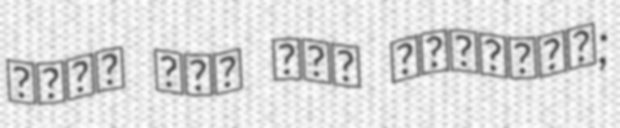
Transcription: أحمد سعد عجب العازمي;